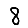
Digit: 8